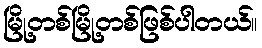
မြို့တစ်မြို့တစ်ဖြစ်ပါတယ်။